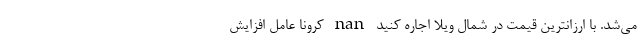
می‌شد. با ارزانترین قیمت در شمال ویلا اجاره کنید nan کرونا عامل افزایش